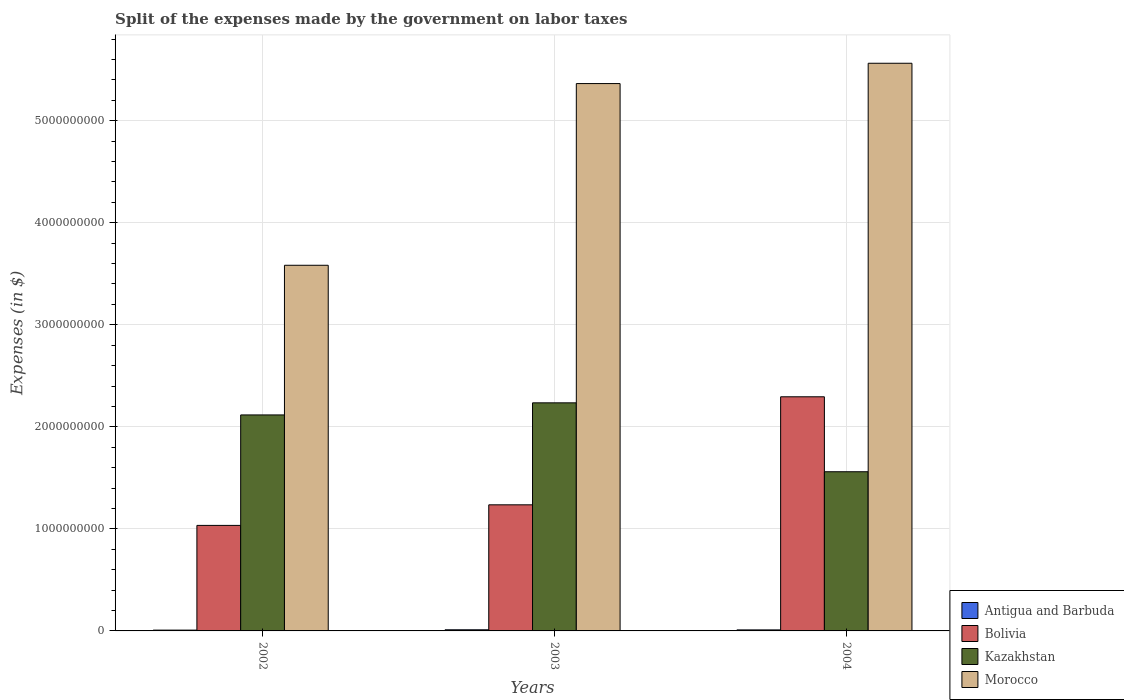
| Years | Antigua and Barbuda | Bolivia | Kazakhstan | Morocco |
 | --- | --- | --- | --- | --- |
 | 2002 | 7.9e+06 | 1.03e+09 | 2.12e+09 | 3.58e+09 |
 | 2003 | 1.11e+07 | 1.24e+09 | 2.24e+09 | 5.36e+09 |
 | 2004 | 1e+07 | 2.29e+09 | 1.56e+09 | 5.56e+09 |